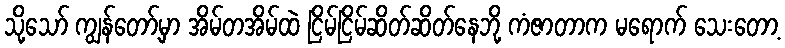
သို့သော် ကျွန်တော့်မှာ အိမ်တအိမ်ထဲ ငြိမ်ငြိမ်ဆိတ်ဆိတ်နေဘို့ ကံဇာတာက မရောက် သေးတော့